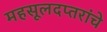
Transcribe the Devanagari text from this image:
महसूलदप्तरांचे